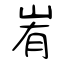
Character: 峟